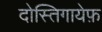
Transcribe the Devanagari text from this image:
दोस्तिगायेफ़